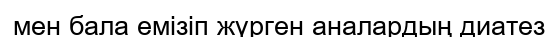
мен бала емізіп жүрген аналардың диатез